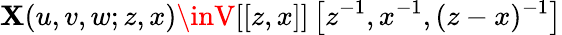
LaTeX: \mathbf{X}(u,v,w;z,x)\inV[[z,x]]\left[z^{-1},x^{-1},(z-x)^{-1}\right]